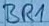
Text: BR1